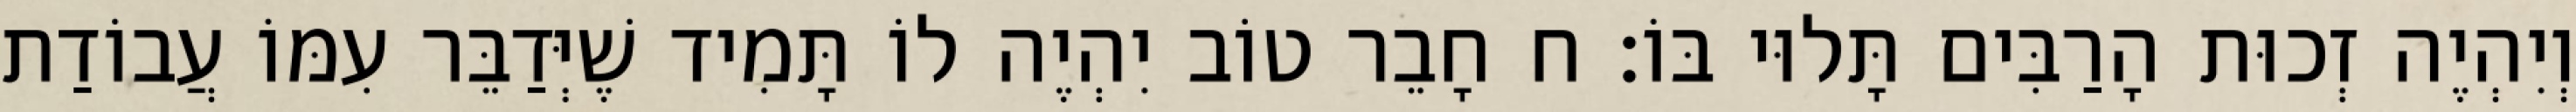
וְיִהְיֶה זְכוּת הָרַבִּים תָּלוּי בּוֹ: ח חָבֵר טוֹב יִהְיֶה לוֹ תָּמִיד שֶׁיְּדַבֵּר עִמּוֹ עֲבוֹדַת